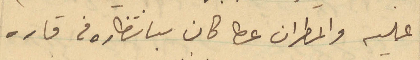
عليه والمطران عطا كان بانتظاره في قاره